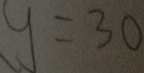
y = 3 0